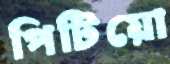
পিটিয়ো